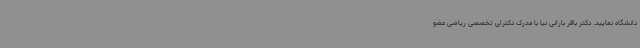
دانشگاه نمایید. دکتر باقر بارانی نیا با مدرک دکترای تخصصی ریاضی عضو